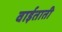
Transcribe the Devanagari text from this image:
वाईताती